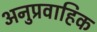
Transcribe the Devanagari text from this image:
अनुप्रवाहिक